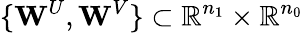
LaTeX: \{ \mathbf{W}^{U},\mathbf{W}^{V}\} \subset\mathbb{R}^{n_{1}}\times\mathbb{R}^{n_{0}}